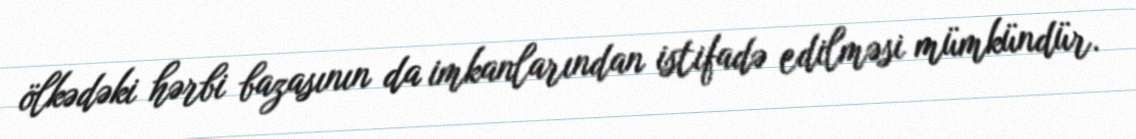
ölkədəki hərbi bazasının da imkanlarından istifadə edilməsi mümkündür.